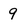
Character: 9